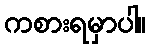
ကစားရမှာပါ။